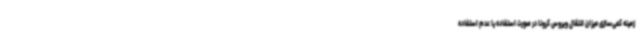
زمینه کمی‌سازی میزان انتقال ویروس کرونا در صورت استفاده یا عدم استفاده